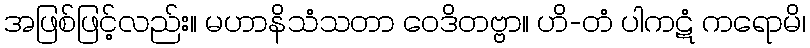
အဖြစ်ဖြင့်လည်း။ မဟာနိသံသတာ ဝေဒိတဗ္ဗာ။ ဟိ-တံ ပါကဋံ ကရောမိ၊